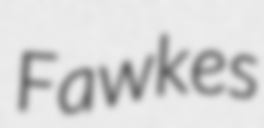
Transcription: Fawkes